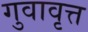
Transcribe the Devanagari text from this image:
गुवावृत्त